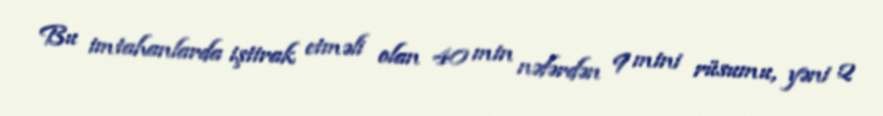
Bu imtahanlarda iştirak etməli olan 40 min nəfərdən 9 mini rüsumu, yəni 2